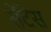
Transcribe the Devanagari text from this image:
सेंटेस